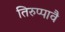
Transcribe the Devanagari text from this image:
तिरुप्पावै